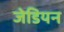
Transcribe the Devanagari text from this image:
जेडियन